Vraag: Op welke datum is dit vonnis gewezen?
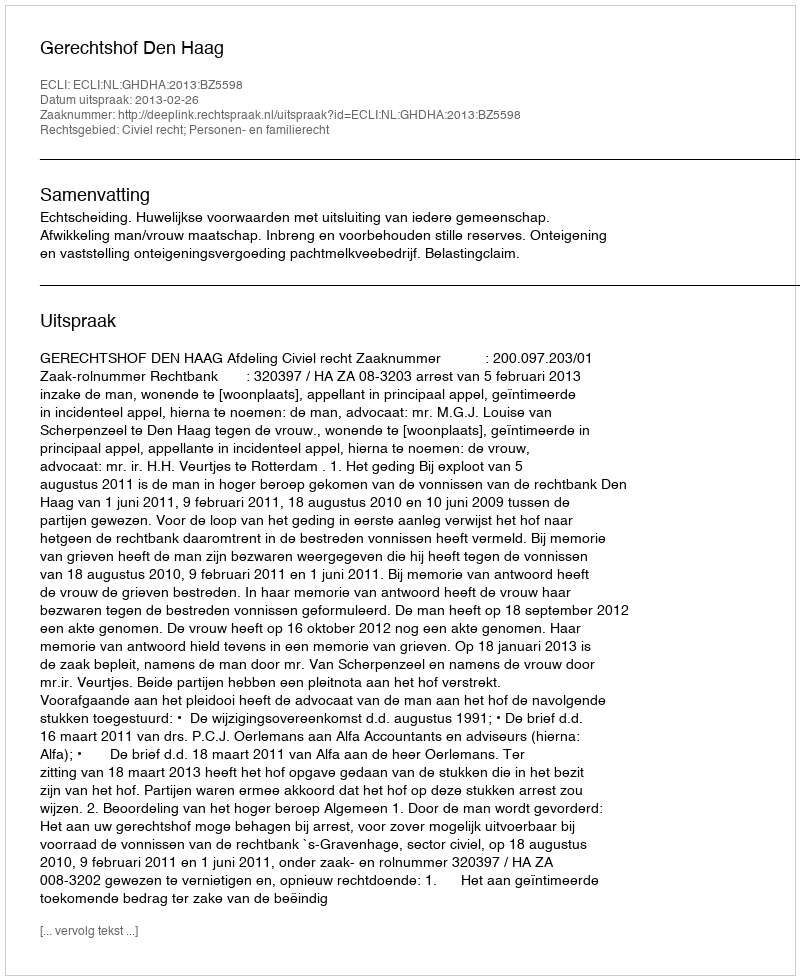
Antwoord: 2013-02-26